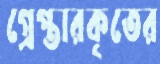
গ্রেপ্তারকৃতের